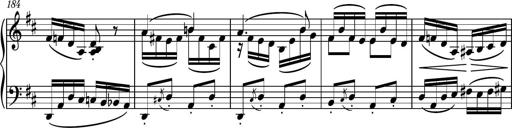
Title: Piano Sonatina No.6
Composer: Dimitri Sykias
Key: A major